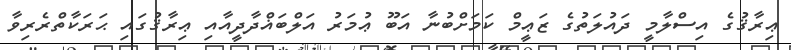
ޢިރާޤުގެ އިސްލާމީ ދައުލަތުގެ ޒަޢީމް ކަމަށްބުނާ އަބޫ ޢުމަރު އަލްބަޣްދާދީއާއި ޢިރާޤުގައި ޙަރަކާތްރެރިވާ